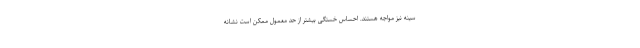
سینه نیز مواجه هستند. احساس خستگی بیشتر از حد معمول ممکن است نشانه